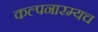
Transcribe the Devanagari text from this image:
कल्पनारम्यच